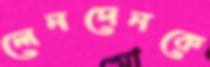
লেনদেনকে